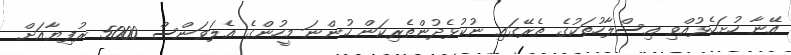
އޭނާ ހުށަހެޅުއްވި އިސްލާހުތަކުގެ ތެރޭގައި ނުކުޅެދުންތެރިކަން ހުންނަ މީހުންގެ އެލަވަންސް 5000 ރުފިޔާއަށް